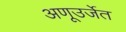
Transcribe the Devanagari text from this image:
अणूउर्जेत